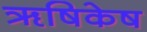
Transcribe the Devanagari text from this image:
ॠषिकेष